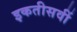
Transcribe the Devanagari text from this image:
इकतीसवीं